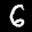
Label: 6